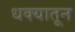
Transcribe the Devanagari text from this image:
धक्यातून